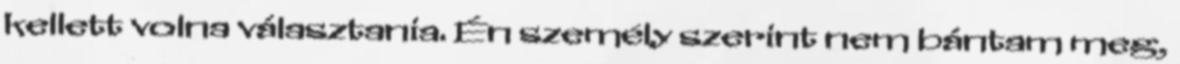
kellett volna választania. Én személy szerint nem bántam meg,